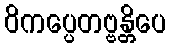
ဝိကပ္ပေတဗ္ဗန္တိပေ